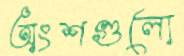
অংশগুলো